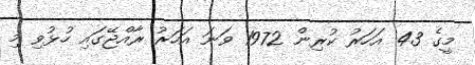
މީގެ 43 އަހަރު ކުރިން 1972 ވަނަ އަހަރު ރާއްޖޭގައި ހުޅުވި މި